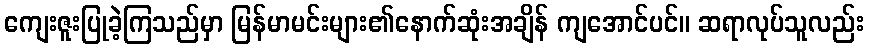
ကျေးဇူးပြုခဲ့ကြသည်မှာ မြန်မာမင်းများ၏နောက်ဆုံးအချိန် ကျအောင်ပင်။ ဆရာလုပ်သူလည်း